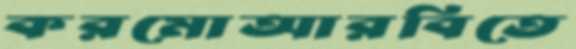
করমোআরবিতে